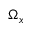
\Omega _ { x }